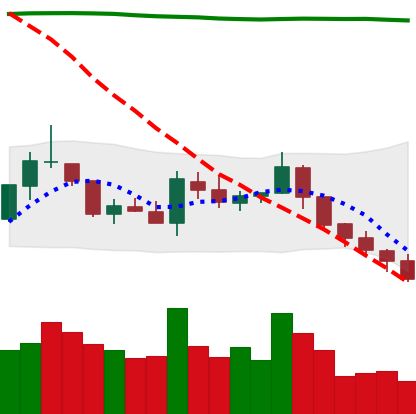
Ticker: TRX-USD
Chart end date: 2018-08-04
Forward return: -10.338%
Label: down_7plus